Annual administration report of the Civil Veterinary Department of India - 1892-1893
Year: 1892
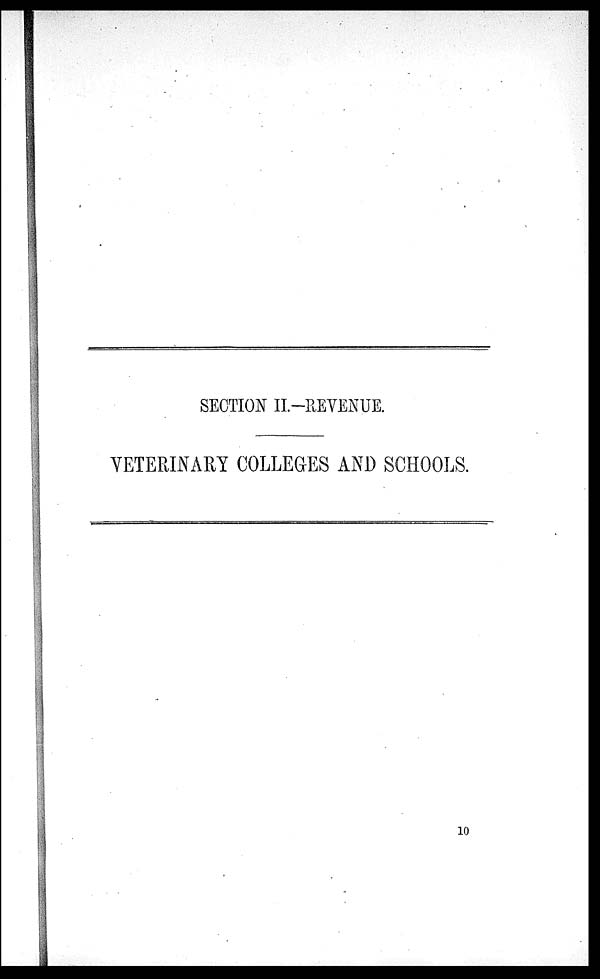
SECTION II.––REVENUE.
VETERINARY COLLEGES AND SCHOOLS.